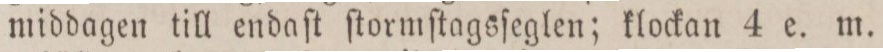
middagen till endaſt ſtormſtagsſeglen; klockan 4 e. m.